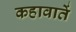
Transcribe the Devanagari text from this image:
कहावातें